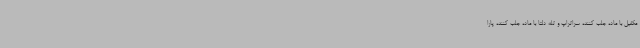
مکفیل با ماده جلب کننده سراتراپ و تله دلتا با ماده جلب کننده پارا